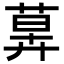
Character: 𦳕